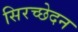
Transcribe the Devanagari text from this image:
सिरच्छेदन